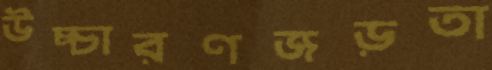
উচ্চারণজড়তা